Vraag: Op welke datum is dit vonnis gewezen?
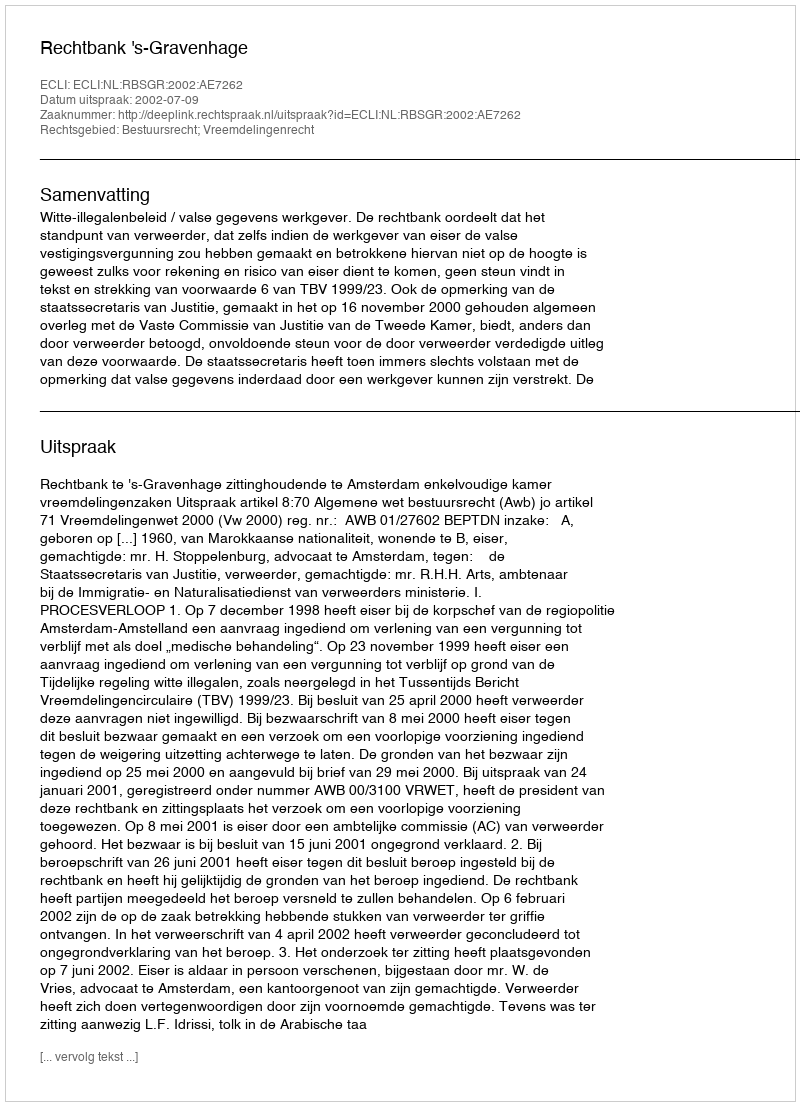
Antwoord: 2002-07-09